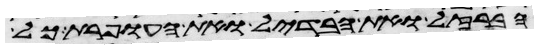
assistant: הברזל ואת הבדיל ואת העופרת כל